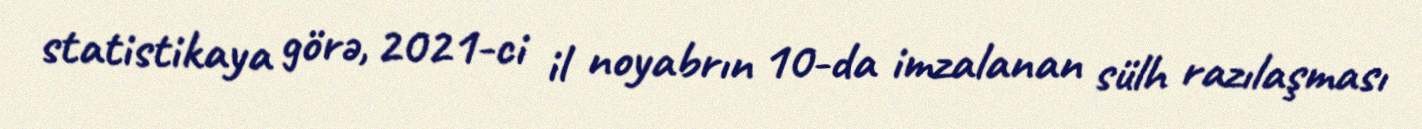
statistikaya görə, 2021-ci il noyabrın 10-da imzalanan sülh razılaşması